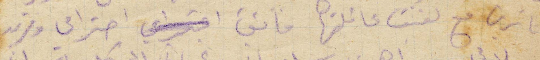
ناشرين مع لفيف عائلتها فائق احترامي ومزيد